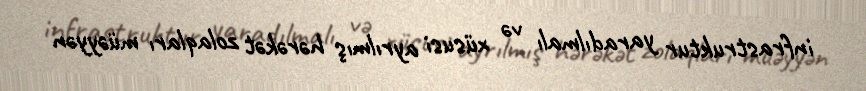
infrastruktur yaradılmalı və xüsusi ayrılmış hərəkət zolaqları müəyyən